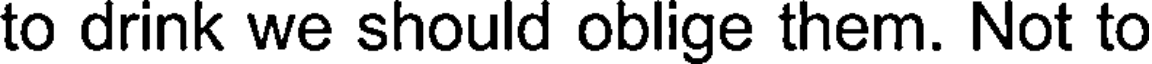
to drink we should oblige them. Not to